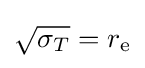
{\sqrt {\sigma _{T}}}=r_{\text{e}}